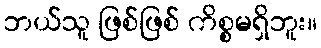
ဘယ်သူ ဖြစ်ဖြစ် ကိစ္စမရှိဘူး။